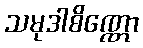
သမုဒါစိဏ္ဏော